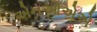
એનઓએએ